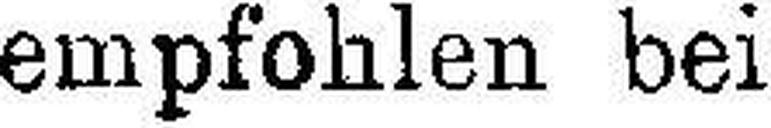
empfohlen bei